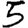
Digit: 5